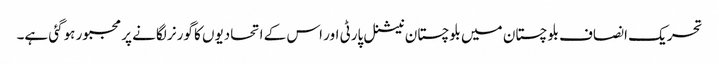
تحریک انصاف بلوچستان میں بلوچستان نیشنل پارٹی اور اس کے اتحادیوں کا گورنر لگانے پر مجبور ہوگئی ہے۔